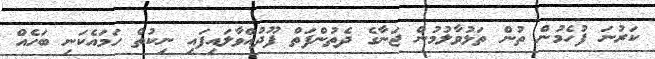
ކަރުނަ ފުހެމުން ތުން ތަޅުވާލުމުން ޖަނާގެ ދެތުންފަތް ފޫދުއްވާލައިފައި ނިކުތް ހަމައެކަނި ބަހެއް